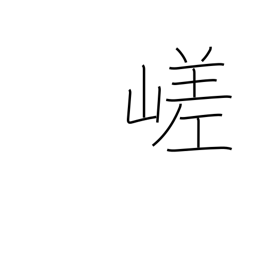
Meaning: craggy